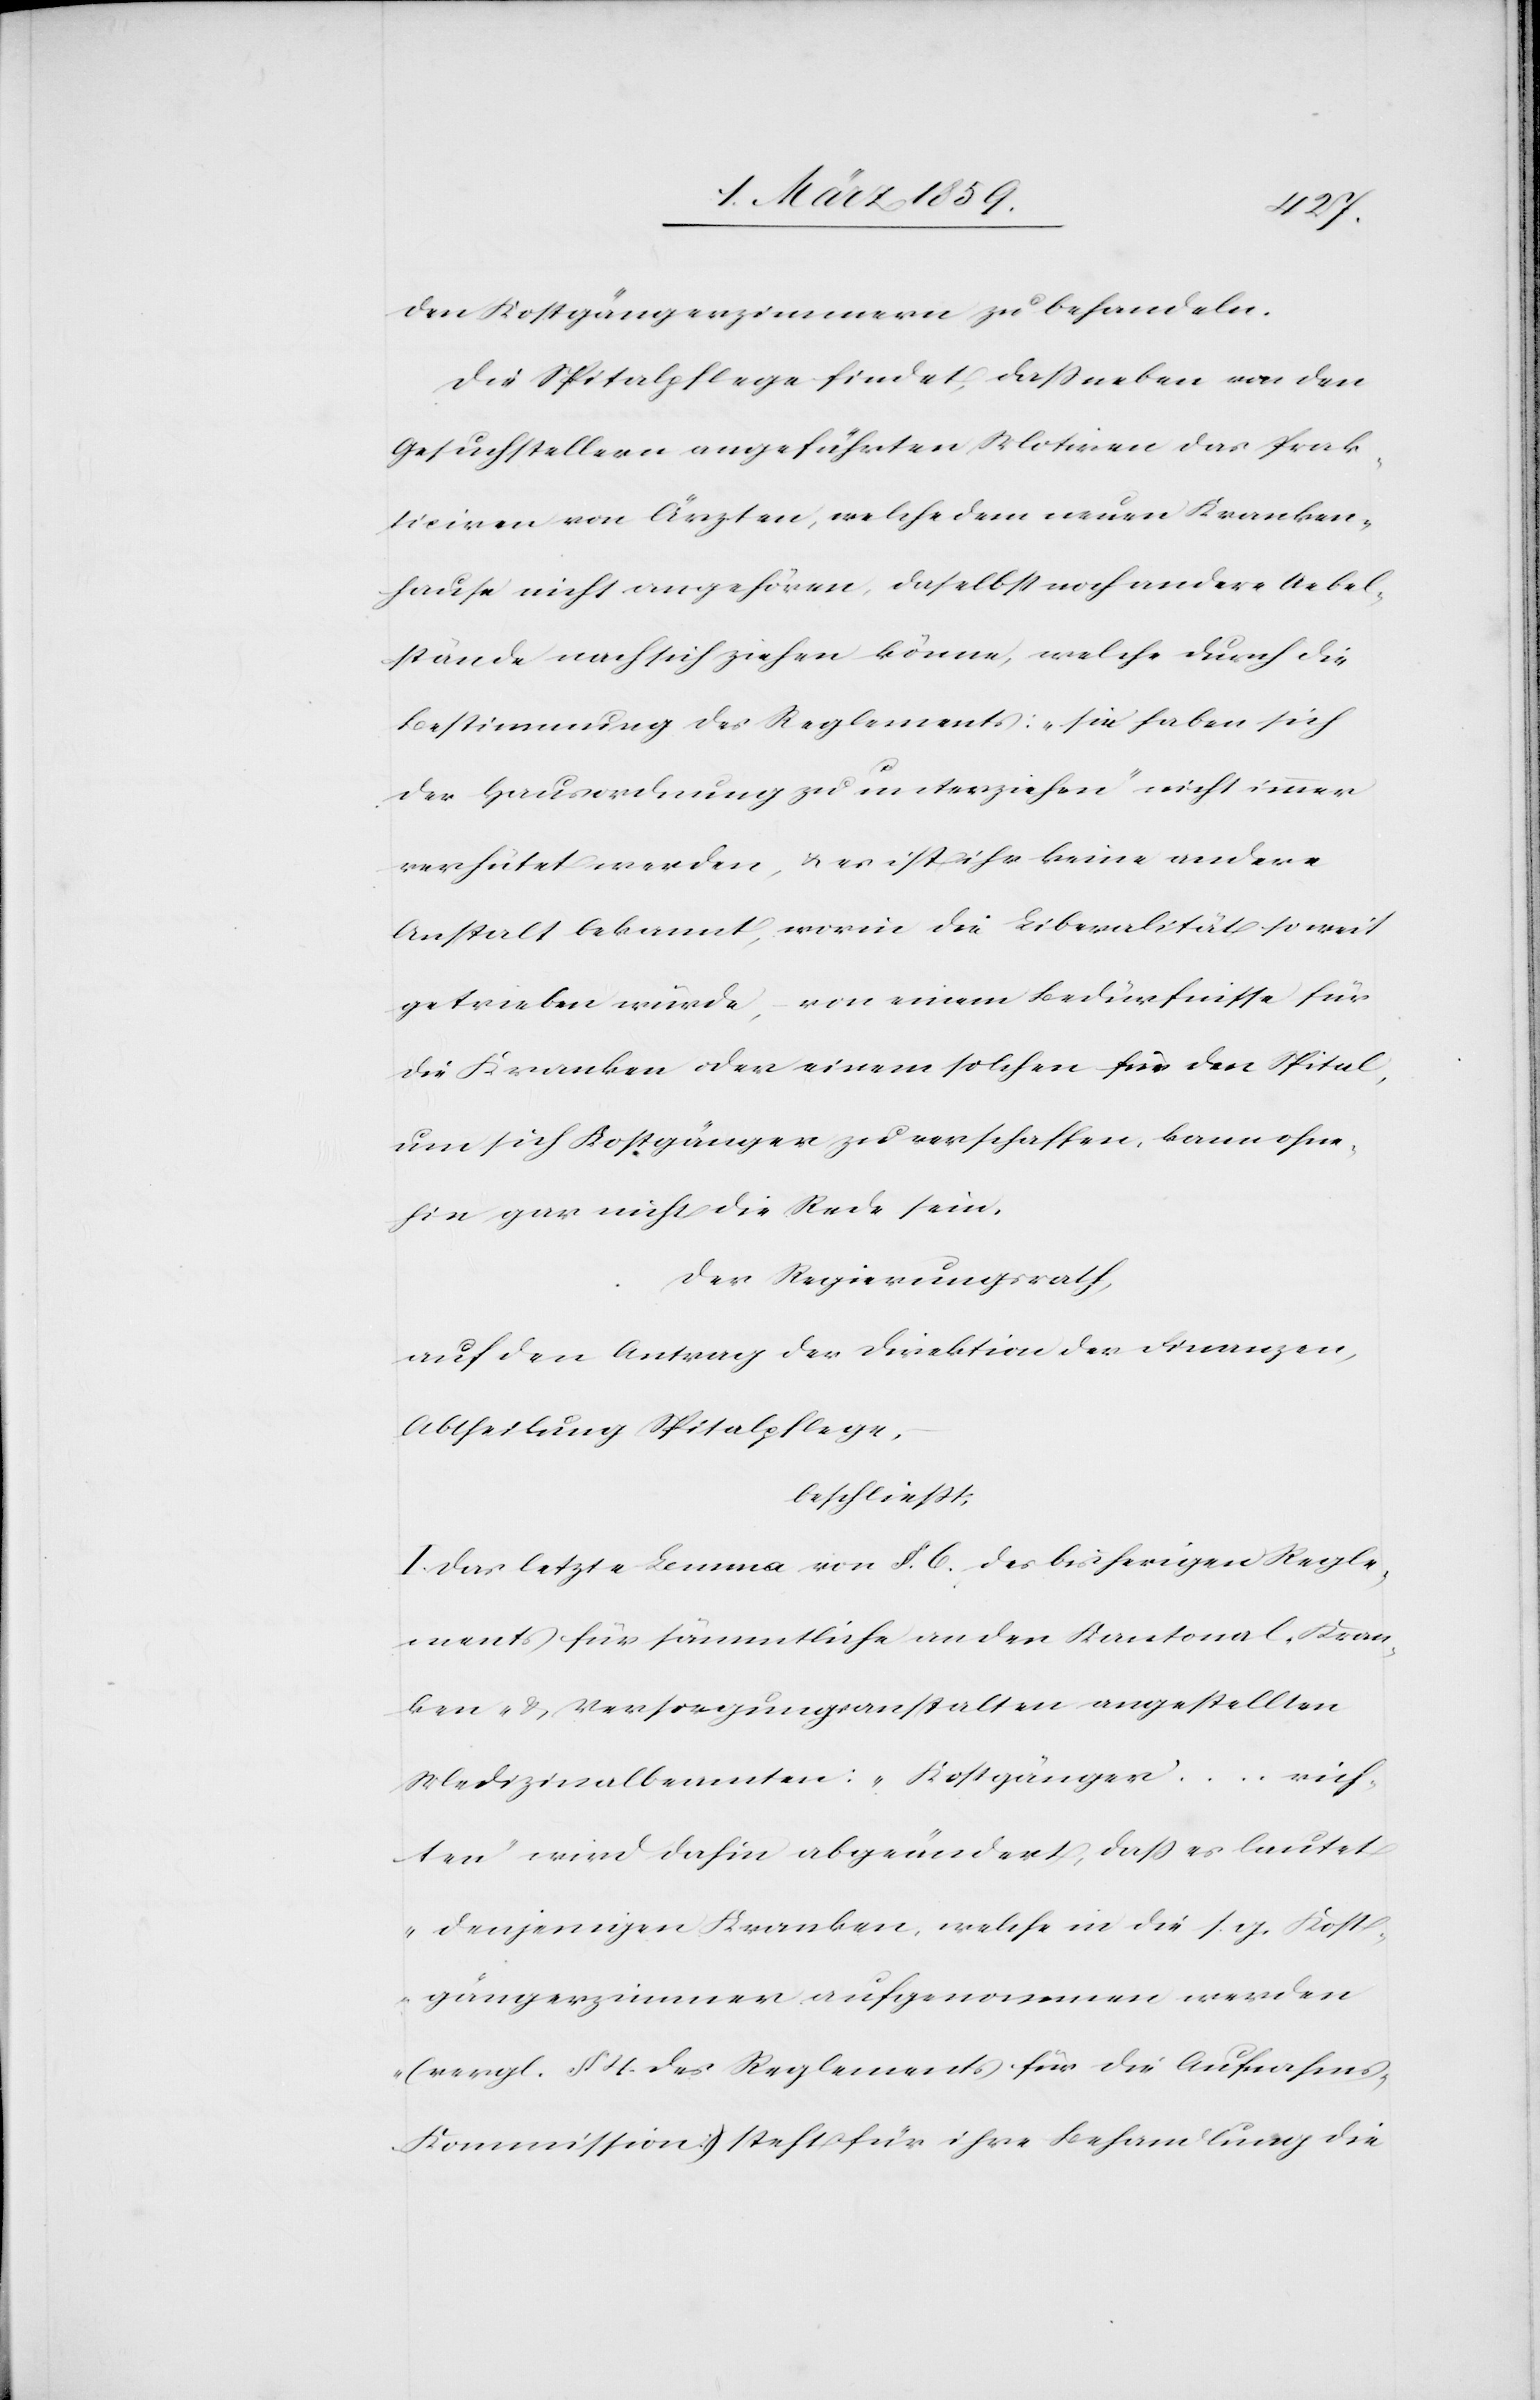
den Kostgängerzimmern zu behandeln.
Die Spitalpflege findet, daß neben von den
Gesuchstellern angeführten Motiven das Prak¬
ticiren von Ärzten, welche dem neuen Kranken¬
hause nicht angehören, daselbst noch andere Uebel¬
stände nach sich ziehen könne, welche durch die
Bestimmung des Reglements: „sie haben sich
der Hausordnung zu unterziehen“ nicht immer
verhütet werden, u. es ist ihr keine andere
Anstalt bekannt, worin die Liberalität so weit
getrieben würde, von einem Bedürfnisse für
die Kranken oder einem solchen für den Spital,
um sich Kostgänger zu verschaffen, kann ohne¬
hin gar nicht die Rede sein.
Der Regierungsrath,
auf den Antrag der Direktion der Finanzen,
Abtheilung Spitalpflege,
beschließt:
I. Das letzte Lemma von §. 6. des bisherigen Regle¬
ments für sämmtliche an den Kantonal-Kran¬
ken- & Versorgungsanstalten angestellten
Medizinalbeamten: „Kostgänger .... rich¬
ten“ wird dahin abgeändert, daß es lautet
„denjenigen Kranken, welche in die s. g. Kost¬
gängerzimmer aufgenommen werden
(vergl. § 4. des Reglements für die Aufnahm¬
s-Kommission) steht für ihre Behandlung die